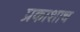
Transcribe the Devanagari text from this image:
प्रकाशाच